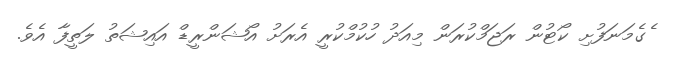
ެގެމަނަފުށި ކޯޓުން ރަޖަމްކުރަން މިއަދު ހުކުމްކުރީ އެރަށު އޯޝަންރީޑް އައިޝަތު ލަތީފާ އެވެ.